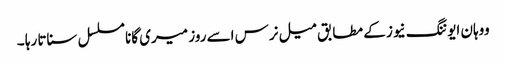
ووہان ایوننگ نیوز کے مطابق میل نرس اسے روز میری گانا مسلسل سناتا رہا ۔